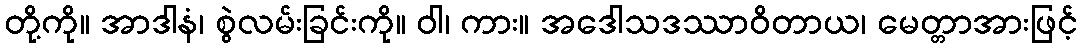
တို့ကို။ အာဒါနံ၊ စွဲလမ်းခြင်းကို။ ဝါ၊ ကား။ အဒေါသဒဿာဝိတာယ၊ မေတ္တာအားဖြင့်